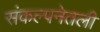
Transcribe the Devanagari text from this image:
संकल्पनेतली